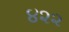
૪૨૨